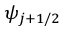
\psi _ { j + 1 / 2 }